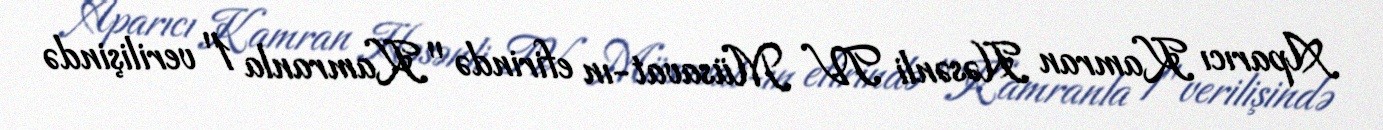
Aparıcı Kamran Həsənli TV Müsavat-ın efirində "Kamranla 1" verilişində